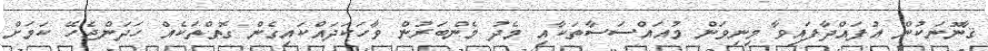
ޤާނޫނަކުން އުފައްދާފައިވާ މިނިވަން މުއައްސަސާތަކާއި މެދު މެންބަރުން ވާހަކަދައްކައިގެން ގޮތްތަކެއް ހަދަންޖެހޭ ކަމަށް